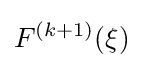
F^{(k+1)}(\xi )